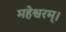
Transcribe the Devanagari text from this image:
महेश्वरम्।